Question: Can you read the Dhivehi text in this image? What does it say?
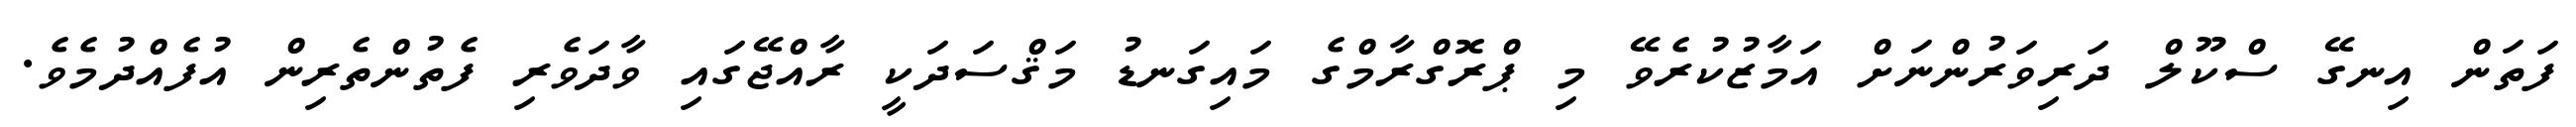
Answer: ފަތަން އިނގޭ ސްކޫލް ދަރިވަރުންނަށް އަމާޒުކުރެވޭ މި ޕްރޮގްރާމްގެ މައިގަނޑު މަޤްސަދަކީ ރާއްޖޭގައި ވާދަވެރި ފެތުންތެރިން އުފެއްދުމެވެ.